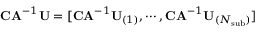
\mathbf { C A } ^ { - 1 } \mathbf { U } = [ \mathbf { C A } ^ { - 1 } \mathbf { U } _ { ( 1 ) } , \cdots , \mathbf { C A } ^ { - 1 } \mathbf { U } _ { ( N _ { \mathrm { s u b } } ) } ]